Annual report on the working of the lock hospitals in the North-Western Provinces and Oudh
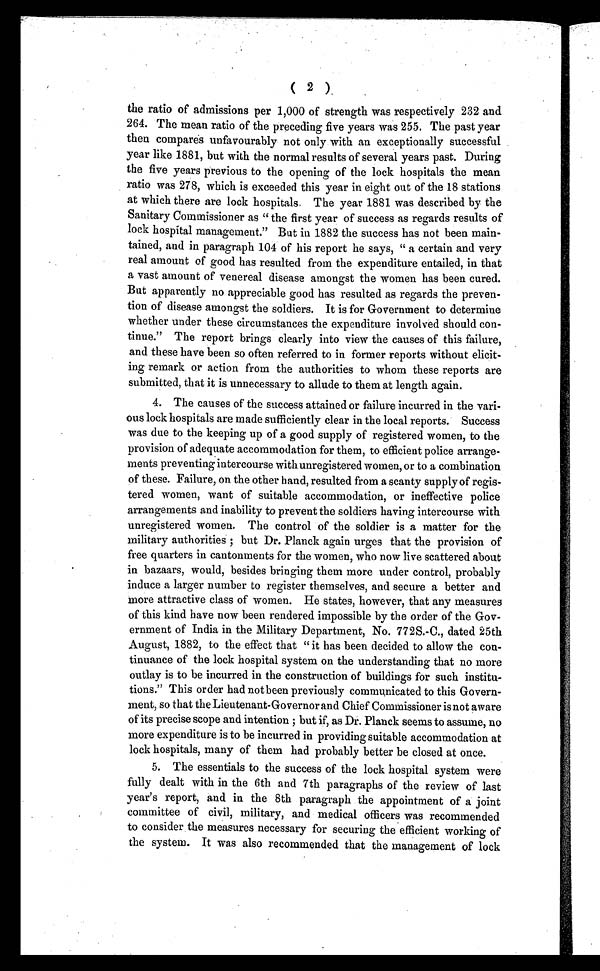
( 2 )
the ratio of admissions per 1,000 of strength was respectively 232 and
264. The mean ratio of the preceding five years was 255. The past year
then compares unfavourably not only with an exceptionally successful
year like 1881, but with the normal results of several years past. During
the five years previous to the opening of the lock hospitals the mean
ratio was 278, which is exceeded this year in eight out of the 18 stations
at which there are lock hospitals. The year 1881 was described by the
Sanitary Commissioner as "the first year of success as regards results of
lock hospital management." But in 1882 the success has not been main-
tained, and in paragraph 104 of his report he says, "a certain and very
real amount of good has resulted from the expenditure entailed, in that
a vast amount of venereal disease amongst the women has been cured.
But apparently no appreciable good has resulted as regards the preven-
tion of disease amongst the soldiers. It is for Government to determine
whether under these circumstances the expenditure involved should con-
tinue." The report brings clearly into view the causes of this failure,
and these have been so often referred to in former reports without elicit-
ing remark or action from the authorities to whom these reports are
submitted, that it is unnecessary to allude to them at length again.
4. The causes of the success attained or failure incurred in the vari-
ous lock hospitals are made sufficiently clear in the local reports. Success
was due to the keeping up of a good supply of registered women, to the
Provision of adequate accommodation for them, to efficient police arrange-
ments preventing intercourse with unregistered women, or to a combination
of these. Failure, on the other hand, resulted from a scanty supply of regis-
tered women, want of suitable accommodation, or ineffective police
arrangements and inability to prevent the soldiers having intercourse with
unregistered women. The control of the soldier is a matter for the
mi l i t ar y aut hor i t i es ; but Dr . Pl anck agai n ur ges t hat t he pr ovi s i on of
free quarters in cantonments for the women, who now live scattered about
in bazaars, would, besides bringing them more under control, probably
induce a larger number to register themselves, and secure a better and
more attractive class of women. He states, however, that any measures
of this kind have now been rendered impossible by the order of the Gov-
ernment of India in the Military Department, No. 772S.-C., dated 25th
August, 1882, to the effect that "it has been decided to allow the con-
tinuance of the lock hospital system on the understanding that no more
outlay is to be incurred in the construction of buildings for such institu-
tions." This order had not been previously communicated to this Govern-
ment, so that the Lieutenant-Governor and Chief Commissioner is not aware
of its precise scope and intention; but if, as Dr. Planck seems to assume, no
more expenditure is to be incurred in providing suitable accommodation at
lock hospitals, many of them had probably better be closed at once.
5. The essentials to the success of the lock hospital system were
fully dealt with in the 6th and 7th paragraphs of the review of last
year's report, and in the 8th paragraph the appointment of a joint
committee of civil, military, and medical officers was recommended
to consider, the measures necessary for securing the efficient working of
the system. It was also recommended that the management of lock